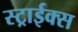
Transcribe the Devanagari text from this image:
स्ट्राईक्स